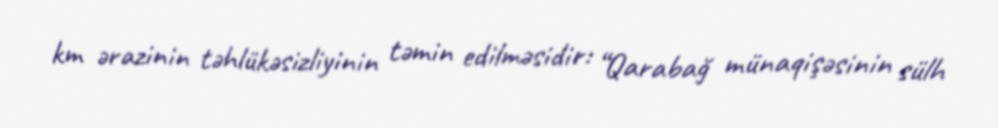
km ərazinin təhlükəsizliyinin təmin edilməsidir: “Qarabağ münaqişəsinin sülh